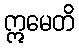
ဣမေတိ